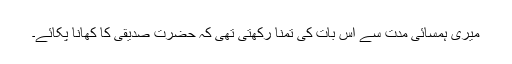
میری ہمسائی مدت سے اس بات کی تمنا رکھتی تھی کہ حضرت صدیقیؒ کا کھانا پکائے۔